Report on horse surra - Volume I
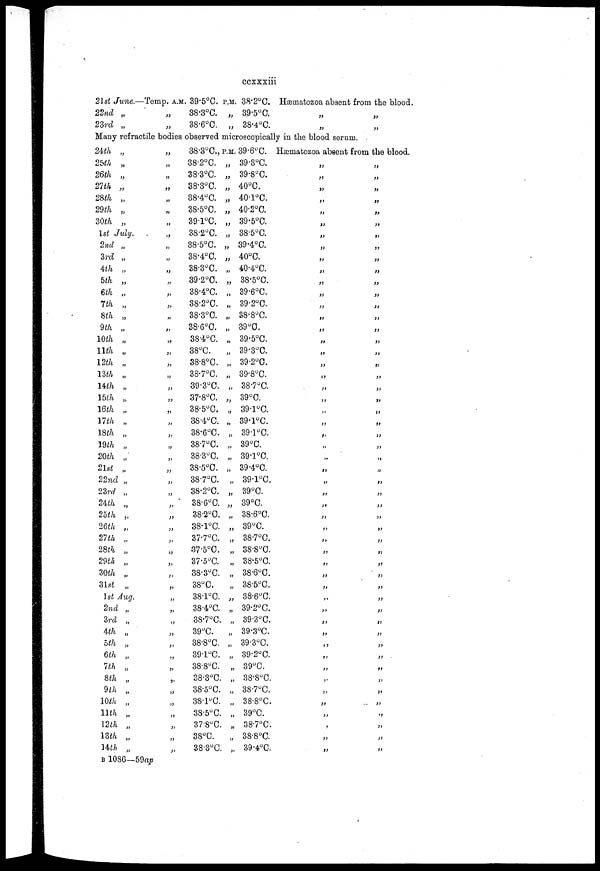
ccxxxiii
21st June.
22nd
23rd
Many
24th
25th
26th
21th
28th
29th
30th
„
„
—Temp. A.M.
„
„
39.5°C.
38.3°C.
38.6°C
P.M. 38.2°C.
„ 39.5°C.
„ 38.4°C.
Hæmatozoa absent from the blood.
„
„
refractile bodies observed microscopically in the blood serum.
„
„
„
„
„
„
„
1st July
2nd
3rd
4th
5th
6th
7th
8th
9th
10th
11th
12th
13th
14th
15th
16th
11th
18th
19th
20th
21st
22nd
23rd
24th
25th
26th
21th
28th
29th
30th
31st
„
„
„
„
„
„
„
„
„
„
„
„
„
„
„
„
„
„
„
„
„
„
„
„
„
„
„
„
„
„
1st Aug.
2nd
3rd
4th
5th
6th
7th
8th
9th
10th
11th
12th
13th
14th
„
„
„
„
„
„
„
„
„
„
„
„
„
B 1086—
„
„
„
„
„
„
„
„
„
„
„
„
„
„
„
„
„
„
„
„
„
„
„
„
„
„
„
„
„
„
„
„
„
„
„
„
„
„
„
„
„
„
„
„
„
„
„
„
„
„
„
„
59 ap
38.3°C.,
38.2°C.
38.3°C.
38.3°C.
38.4°C.
38.5°C.
39.1°C.
38.2°C.
38.5°C.
38.4°C.
38.3°C.
39.2°C.
38.4°C.
38.2°C.
38.3°C.
38.6°C.
38.4°C.
38°C.
38.8°C.
38.7°C.
39.3°C.
37.8°C.
38.5°C.
38.4°C.
38.6°C.
38.7°C.
38.3°C.
38.5°C.
38.7°C.
38.2°C.
38.6°C.
38.2°C.
38.1°C.
37.7°C.
37.5°C.
37.5°C.
38.3°C.
38°C.
38.1°C.
38.4°C.
38.7°C.
39°C.
38.8°C.
39.1°C.
38.8°C.
38.3°C.
38.5°C.
38.1°C.
38.5°C.
37.8°C.
38°C.
38.8°C.
P.M. 39.6°C.
„ 39.3°C.
„ 39.8°C.
„ 40°C.
„ 40.1°C.
„ 40.2°C.
„ 39.5°C.
„ 38.5°C.
„ 39.4°C.
„ 40°C.
„ 40.4°C.
„ 38.5 0.
„ 39.6°C.
„ 39.2°C.
„ 38.8°C.
„ 39°C.
„ 39.5°C.
„ 39.3°C.
„ 39.2°C.
„ 39.8°C.
„ 38.7°C.
„ 39°C.
„ 39.1°C.
„ 39.1°C.
„ 39.1°C.
„ 39°C.
„ 39.1°C.
„ 39.4°C.
„ 39.1°C.
„ 39°C.
„ 39°C.
„ 38.6°C.
„ 39°C.
„ 38.7°C.
„
38.8°C
„ 38.5°C.
„ 38.6°C.
„ 38.5°C.
„ 38.6°C.
„ 39.2°C.
„ 39.3°C.
„ 39.3°C.
„ 39.3°C.
„ 39.2°C.
„ 39°C.
„ 38.8°C.
„ 38.7°C.
„ 38.8°C.
„ 39°C.
„ 38.7°C.
„ 38.8°C.
„ 39.4°C.
Hæmatozoa absent from
„
„
„
„
„
„
„
„
„
„
„
„
„
„
„
„
„
„
„
„
„
„
„
„
„
„
„
„
„
„
„
„
„
„
„
„
„
„
„
„
„
„
„
„
„
„
„
„
„
„
„
„
„
the blood.
„
„
„
„
„
„
„
„
„
„
„
„
„
„
„
„
„
„
„
„
„
„
„
„
„
„
„
„
„
„
„
„
„
„
„
„
„
„
„
„
„
„
„
„
„
„
„
„
„
„
„